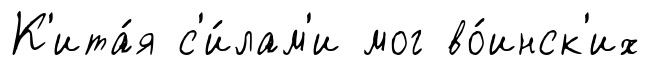
К'ита́я с'и́лам'и мог во́инск'их